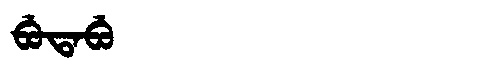
Manchu: ᠪᡠᡨᠠᠪᡠ
Romanization: BUTABU